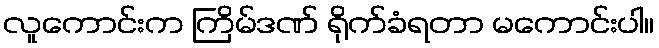
လူကောင်းက ကြိမ်ဒဏ် ရိုက်ခံရတာ မကောင်းပါ။